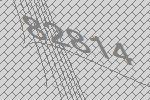
82814